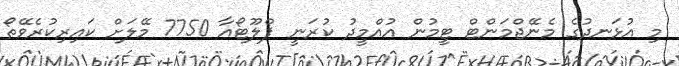
މި އުޅަނދުގެ މެނޭޖްމަންޓް ޓީމުން އުއްމީދު ކުރަނީ ޕްލޫޓޯއާ 7750 މޭލަަށް ކައިރިކުރެވޭތޯ